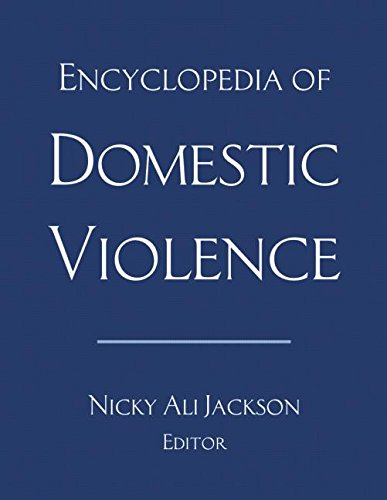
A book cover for Encyclopedia of Domestic Violence; Health, Fitness & Dieting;